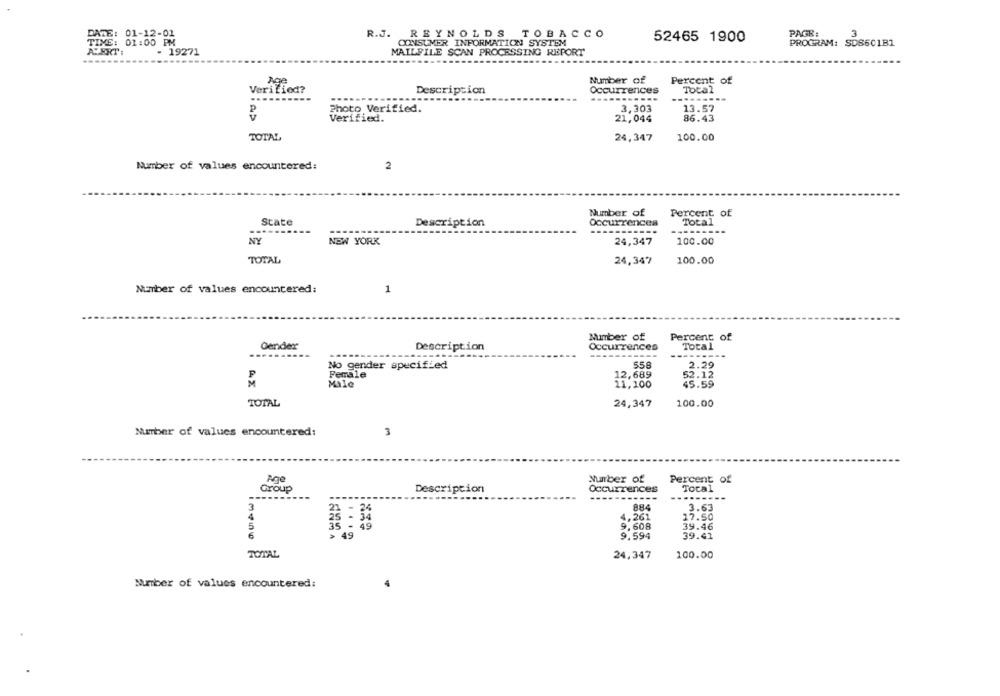
DATE: 01-12-01
R.J. REYNOLDS TOBACCO
PAGE:
3
TIME: 01:00 PM
CONSUMER INFORMATION SYSTEM
52465 1900
PROGRAM: SDS601B1
ALERT:
- 19271
MAILFILE SCAN PROCESSING REPORT
Age
Number of
Percent of
Verified?
Description
Occurrences
Total
...
P
Photo Verified.
3,303
13.57
Verified.
21,044
86.43
TOTAL
24,347
100.00
Number of values encountered:
2
Number of
Percent of
State
Description
Occurrences
Total
NY
NEW YORK
24,347
100.00
TOTAL
24,347
100.00
Number of values encountered:
1
Number of
Percent of
Gender
Description
Occurrences
Total
No gender specified
558
2.29
Female
12,689
52.12
Male
11,100
45.59
TOTAL
24,347
100.00
Number of values encountered:
3
Number of
Percent of
Group
Description
Occurrences
Total
---------
884
3.63
4,261
17.50
9.608
39.46
6
9.594
39.41
TOTAL
24,347
100.00
Number of values encountered: